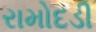
રામોદડી